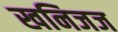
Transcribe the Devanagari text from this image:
खनिजज